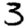
Digit: 3